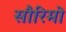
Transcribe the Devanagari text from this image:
सौरिमो